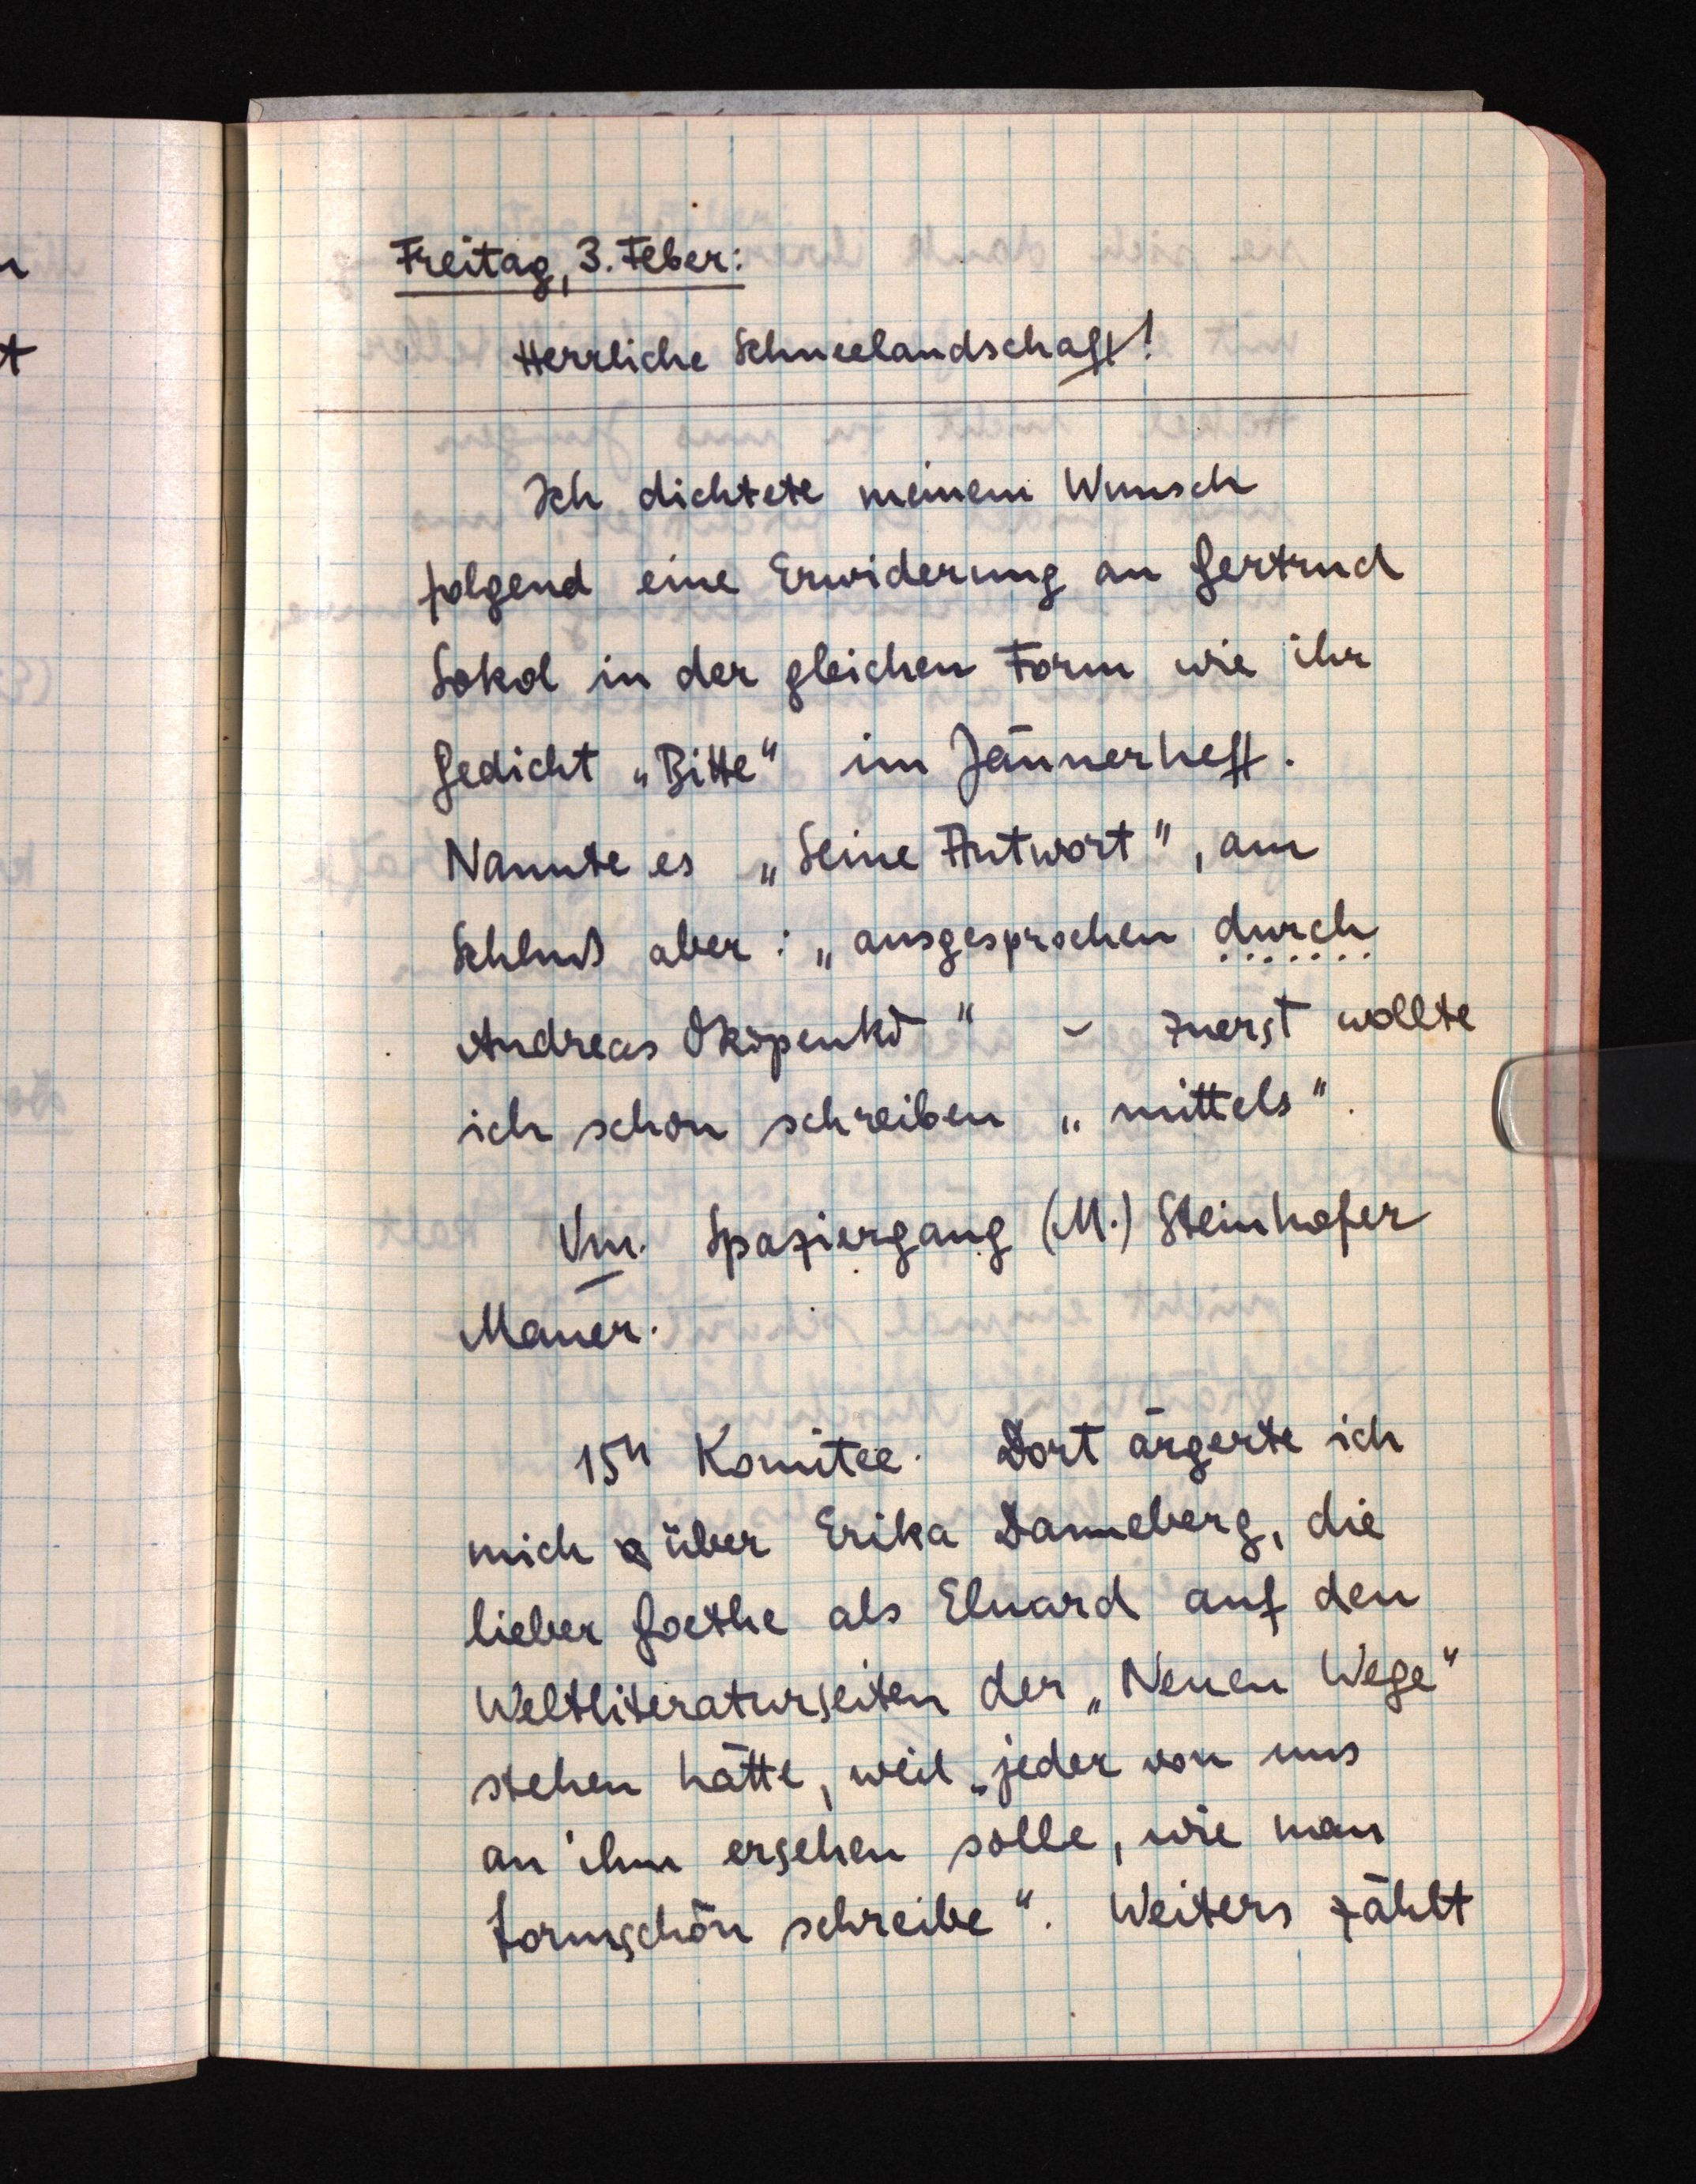
Freitag, 3. Feber:
Herrliche Schneelandschaft!
Ich dichtete meinem Wunsch
folgend eine Erwiderung an Gertrud
Sokol in der gleichen Form wie ihr
Gedicht "Bitte" im Jännerheft.
Nannte es "Seine Antwort", am
Schluß aber: "ausgesprochen durch
Andreas Okopenko" - zuerst wollte
ich schon schreiben "mittels".
Vm. Spaziergang (M.) Steinhofer
Mauer.
15h Komitee. Dort ärgerte ich
mich o über Erika Danneberg, die
lieber Goethe als Eluard auf den
Weltliteraturseiten der "Neuen Wege"
stehen hätte, weil "jeder von uns
an ihm ersehen solle, wie man
formschön schreibe". Weiters zählt